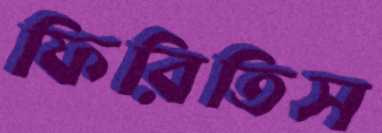
ফিরিতিস